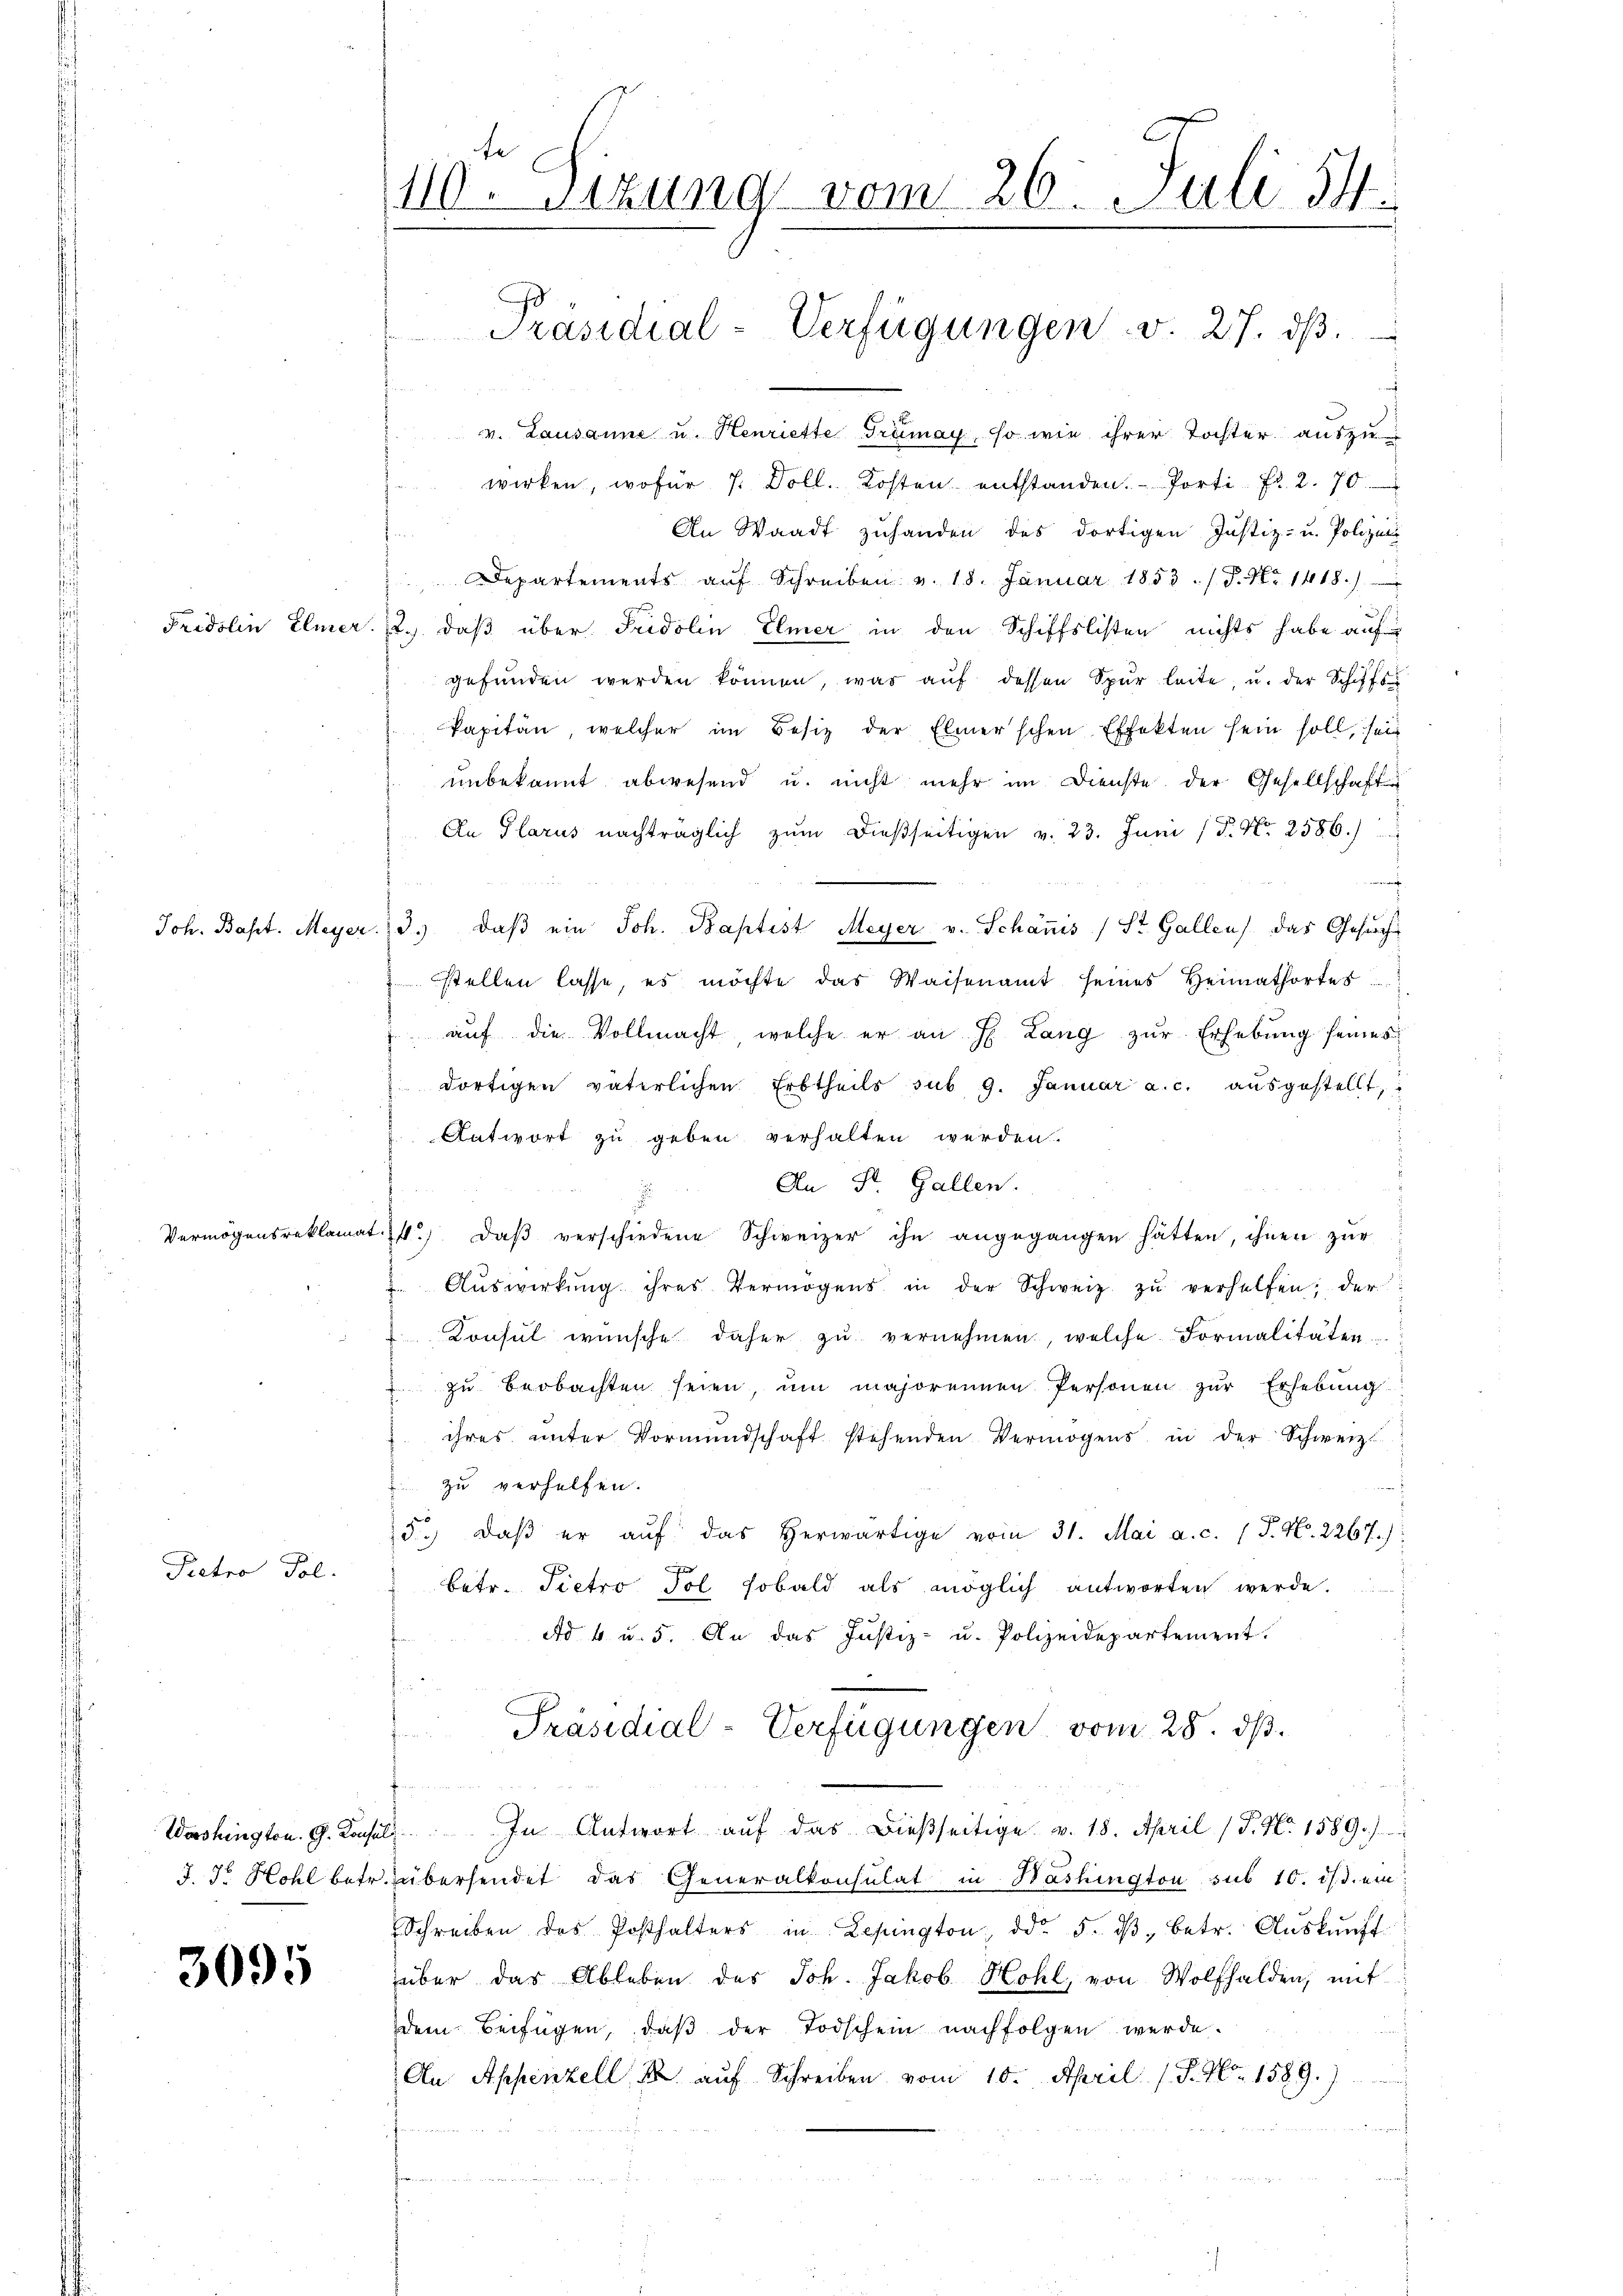
Fridolin Elmer.

Joh. Bapt. Meyer.

Pietro Pol

3095

Vermögensreklam

at

Washington. G. Konsul
J. Dr Hohl betr.

110. Sizung vom 26. Juli 14.
Präsidial-Verfügungen d. 27. dβ.

v. Lausanne u. Henriette Trümay, so wie ihrer Tochter auszuwirken, wofür 7 Doll. Kosten entstanden. Porti fr. 2. 70.
An Waadt zuhanden des dortigen Justiz- u. Polizei-
Departements aŭf Schreiben v. 18. Januar 1853 ./. P. Nr. 1418.
2.) daß über Fridolin Elmer in den Schiffslisten nichts habe auf
gefŭnden werden können, was aŭf dessen Spur leite, u. der Schiffs
kapitän, welcher im Besiz der Elmerschen Effekten sein soll, sei
unbekannt abwesend u. nicht mehr im Dienste der Gesellschaft
An Glarus nachträglich zŭm dießseitigen v. 23. Juni / P. Nr. 2586.)
2
ra
3. daβ ein Joh. Baptist Meyer v. Schanis (St. Gallen. Das Gesuch
stellen lasse, es möchte das Waisenamt seines Heimatortes
aŭf die Vollmacht, welche er an H. Lang zŭr Erhebung seines
dortigen väterlichen Erbtheils sub 9. Januar a. c. ausgestellt,
Antwort zu geben verhalten werden.
An St. Gallen.
14. daβ verschiedene Schweizer ihn angegangen hätten, ihnen zur
Aŭswirkŭng ihres Vermögens in der Schweiz zŭ verhelfen; der
Konsul wünsche daher zu vernehmen, welche Formalitäten
zu beobachten seien, um majorennen Personen zur Erhebung
ihres unter Vormundschaft stehenden Vermögens in der Schweiz.
zu verhelfen.
5. daβ er aŭf das herwärtige vom 31. Mai a. c. (T. N. 2267.)
betr. Pietro Pol sobald als möglich antworten werde.
Ad 4. u. 5. An das Justiz- u. Polizeidepartement.
.
Präsidial-Verfügungen vom 28. dβ.
2. In Antwort auf das Bießseitige. v. 18. April (P. Nr. 1589/
übersendet das Generalkonsulat in Washington sub 10. d. d. ein
Schreiben des Posthalters in Lesungton ddo 5. dβ betr. Aŭskŭnft
über das Ableben des Joh. Jakob Hohl, von Wolfhalden, mit
dem Beifügen, daβ der Todschein nachfolgen werde.
An Appenzell, k. auf Schreiben vom 10. April (S. No. 1589.)
f

 1 25